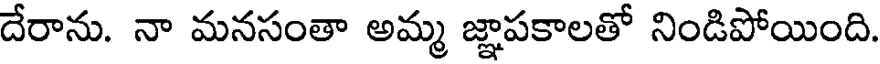
దేరాను. నా మనసంతా అమ్మ జ్ఞాపకాలతో నిండిపోయింది.